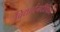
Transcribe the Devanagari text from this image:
विद्यार्चनदीपिका